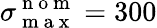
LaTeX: \sigma_{\mathrm{~m~a~x~}}^{\mathrm{~n~o~m~}}=300